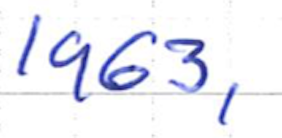
Text: 1963,
Cross-out: clean
Writing tool: ballpoint